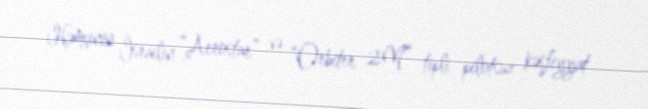
Həmçinin İsrailin “Aerostar” və “Orbiter 2M” tipli pilotsuz kəşfiyyat